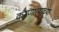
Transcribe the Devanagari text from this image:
करणार्‍याच्या